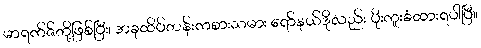
မာရက်ဇ်တို့ဖြစ်ပြီး၊ အခုထိပ်တန်းကစားသမား ရော်နယ်ဒိုလည်း ပိုးကူးခံထားရပါပြီ။